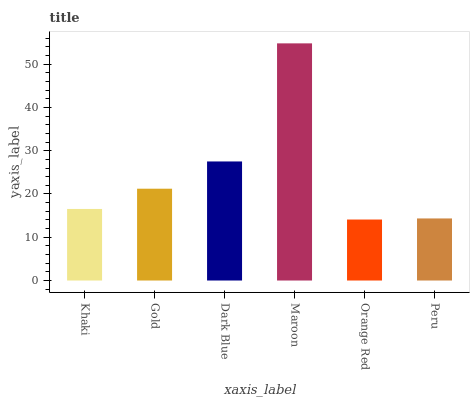
| xaxis_label | bars |
 | --- | --- |
 | Khaki | 16.5 |
 | Gold | 21.2 |
 | Dark Blue | 27.5 |
 | Maroon | 54.8 |
 | Orange Red | 14.1 |
 | Peru | 14.3 |